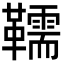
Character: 𩍥